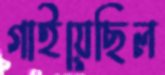
গাইয়েছিল